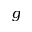
g